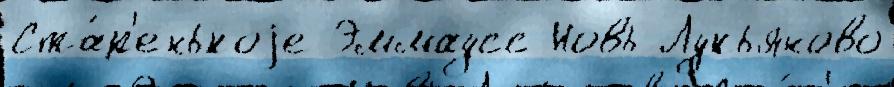
Ста́р'енькоjе Эммаусс Новь Лукьяново